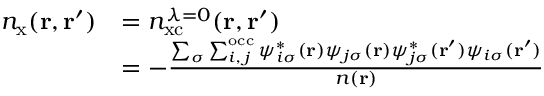
\begin{array} { r l } { n _ { \mathrm { x } } ( \ensuremath { \mathbf { r } } , \ensuremath { \mathbf { r } } ^ { \prime } ) } & { = n _ { \mathrm { x c } } ^ { \lambda = 0 } ( \ensuremath { \mathbf { r } } , \ensuremath { \mathbf { r } } ^ { \prime } ) } \\ & { = - \frac { \sum _ { \sigma } \sum _ { i , \, j } ^ { \mathrm { o c c } } \psi _ { i \sigma } ^ { * } ( \ensuremath { \mathbf { r } } ) \psi _ { j \sigma } ( \ensuremath { \mathbf { r } } ) \psi _ { j \sigma } ^ { * } ( \ensuremath { \mathbf { r } } ^ { \prime } ) \psi _ { i \sigma } ( \ensuremath { \mathbf { r } } ^ { \prime } ) } { n ( \ensuremath { \mathbf { r } } ) } } \end{array}